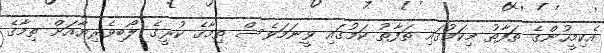
އެކިމީހުންގެ ތަފާތު މިކަމުގައި ތަފާތު ކަމުގައި ވީނަމަވެސް ތިމާގެ ކުރީގެ ލޯބިވެރިޔާއަށް ތިމާގެ